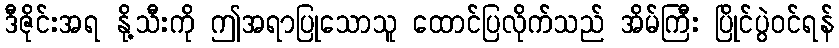
ဒီဇိုင်းအရ နို့သီးကို ဤအရာပြုသောသူ ထောင်ပြလိုက်သည် အိမ်ကြီး ပြိုင်ပွဲဝင်ရန်